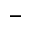
-